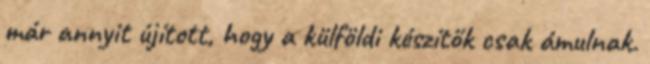
már annyit újított, hogy a külföldi készítők csak ámulnak.